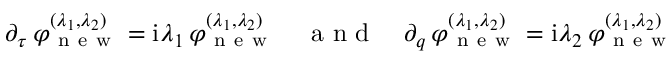
\begin{array} { r } { \partial _ { \tau } \, \varphi _ { \mathrm { ~ n ~ e ~ w ~ } } ^ { ( \lambda _ { 1 } , \lambda _ { 2 } ) } = \mathrm { i } \lambda _ { 1 } \, \varphi _ { \mathrm { ~ n ~ e ~ w ~ } } ^ { ( \lambda _ { 1 } , \lambda _ { 2 } ) } \quad \mathrm { ~ a ~ n ~ d ~ } \quad \partial _ { q } \, \varphi _ { \mathrm { ~ n ~ e ~ w ~ } } ^ { ( \lambda _ { 1 } , \lambda _ { 2 } ) } = \mathrm { i } \lambda _ { 2 } \, \varphi _ { \mathrm { ~ n ~ e ~ w ~ } } ^ { ( \lambda _ { 1 } , \lambda _ { 2 } ) } } \end{array}